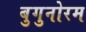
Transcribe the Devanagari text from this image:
बुगुनोरम